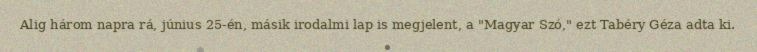
Alig három napra rá, június 25-én, másik irodalmi lap is megjelent, a "Magyar Szó," ezt Tabéry Géza adta ki.